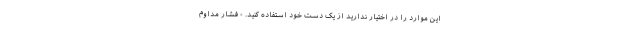
این موارد را در اختیار ندارید از یک دست خود استفاده کنید. - فشار مداوم